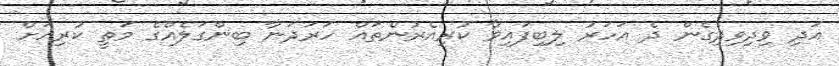
އަދި ވިދިވިދިގެން ދެ އަހަރު ލިބިފައިވާ ކުރިއެރުންތައް ހަރަދަނާ ބިންގަލެއްގެ މަތީ ކުރިއަށް